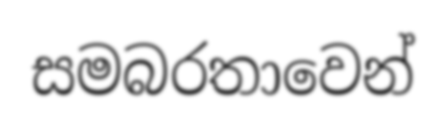
සමබරතාවෙන්